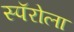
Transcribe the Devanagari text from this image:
स्पॅरोला